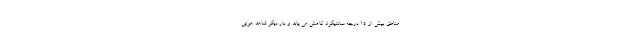
مناطق بیش از ۱۵ درجه سانتیگراد کاهش می یابد و بار دیگر شاهد هوایی